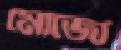
মোজো